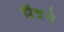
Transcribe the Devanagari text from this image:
मैत्रये